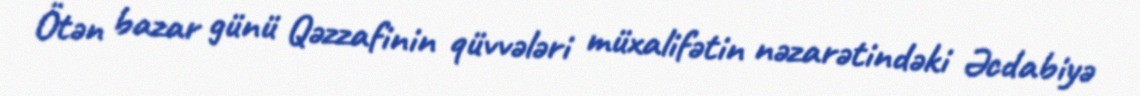
Ötən bazar günü Qəzzafinin qüvvələri müxalifətin nəzarətindəki Əcdabiyə